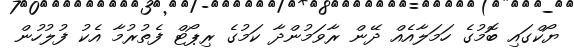
ޔޯކްގައި ބޮމުގެ ހަމަލާއެއް ދޭން ރާވަމުންދާ ކަމުގެ ރިޕޯޓް ފެތުރުމާ އެކު ފުލުހުން